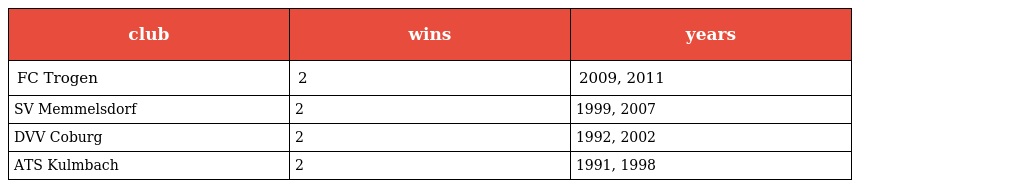
| club | wins | years |
 | --- | --- | --- |
 | FC Trogen | 2 | 2009, 2011 |
 | SV Memmelsdorf | 2 | 1999, 2007 |
 | DVV Coburg | 2 | 1992, 2002 |
 | ATS Kulmbach | 2 | 1991, 1998 |